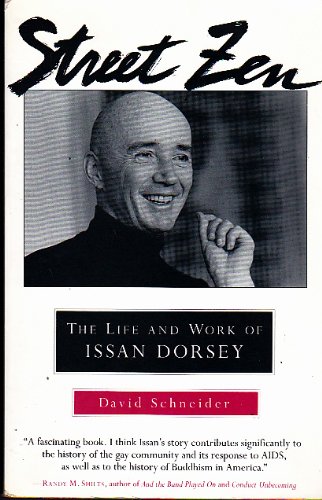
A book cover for Street Zen: The Life and Work of Issan Dorsey; David Schneider; Gay & Lesbian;